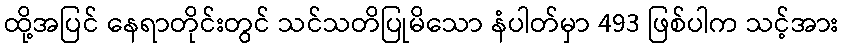
ထို့အပြင် နေရာတိုင်းတွင် သင်သတိပြုမိသော နံပါတ်မှာ 493 ဖြစ်ပါက သင့်အား